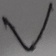
Text: V